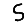
Digit: 5